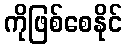
ကိုဖြစ်စေနိုင်